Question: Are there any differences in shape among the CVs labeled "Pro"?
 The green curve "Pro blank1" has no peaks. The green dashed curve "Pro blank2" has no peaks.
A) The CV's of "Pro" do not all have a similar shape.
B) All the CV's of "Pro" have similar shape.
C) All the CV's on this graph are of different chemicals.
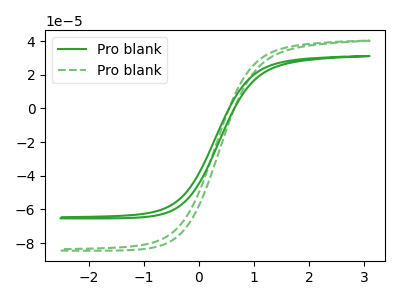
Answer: <think>Neither "Pro blank1" or "Pro blank2" have any peaks.
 </think>
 <answer>B) All the CV's of "Pro" have similar shape.</answer>
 <eval>B</eval>